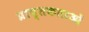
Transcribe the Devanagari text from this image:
प्राप्तकताओं